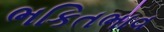
ભકિતભાવ